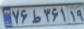
۷۶ط۳۶۱۱۹